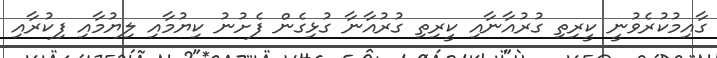
ގާއިމުކުރެވުނީ ކީރިތި ގުރުއާނާއި ކީރިތި ގުރުއާނާ ގުޅިގެން ފެށުނު ކިޔުމާއި ލިޔުމާއި ފިކުރާއި